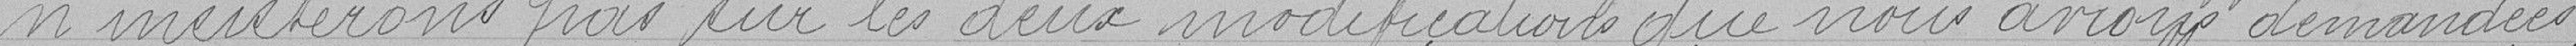
n'insisterons pas sur les deux modifications que nous vous avions demandées,